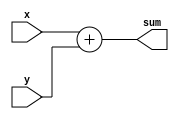
module m2014_q4j (
  input [3:0] x,
  input [3:0] y,
  output [4:0] sum

);

  assign sum = x+y;
endmodule